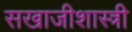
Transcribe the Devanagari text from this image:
सखाजीशास्त्री